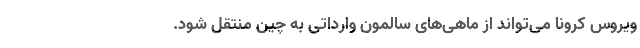
ویروس کرونا می‌تواند از ماهی‌های سالمون وارداتی به چین منتقل شود.